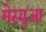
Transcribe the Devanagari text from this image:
मेस्युआ